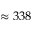
\approx 3 3 8